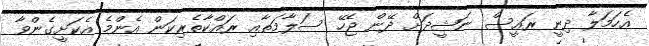
އެހަމަލާ ދިނީ ރައީސް ނަޝީދަށް ދޭން ޖެހޭ ސަލާމަތާއި ރައްކާތެރިކަން އެންމެ އެކަށީގެންވާ